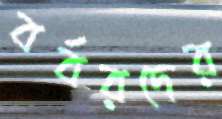
বর্বরদের